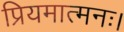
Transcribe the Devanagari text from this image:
प्रियमात्मनः।